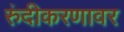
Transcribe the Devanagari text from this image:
रुंदीकरणावर